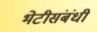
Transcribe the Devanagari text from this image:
भेटीसंबंधी